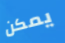
يمكن